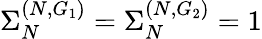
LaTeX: \Sigma_{N}^{(N,G_{1})}=\Sigma_{N}^{(N,G_{2})}=1